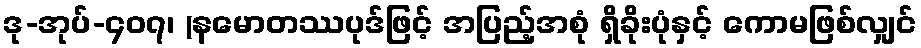
ဒု-အုပ်-၄၀၇၊ (နမောတဿပုဒ်ဖြင့် အပြည့်အစုံ ရှိခိုးပုံနှင့် ကောမဖြစ်လျှင်